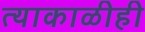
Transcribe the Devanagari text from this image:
त्याकाळीही